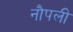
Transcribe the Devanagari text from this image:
नौपली